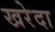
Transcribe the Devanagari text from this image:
खरेदा